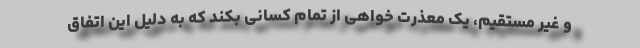
و غیر مستقیم، یک معذرت خواهی از تمام کسانی بکند که به دلیل این اتفاق